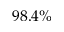
9 8 . 4 \%